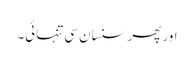
اور پھر سنسان سی تنہائی۔